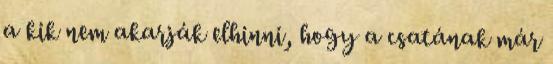
a kik nem akarják elhinni, hogy a csatának már